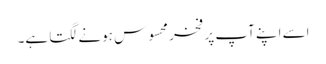
اسے اپنے آپ پر فخر محسوس ہونے لگتا ہے۔